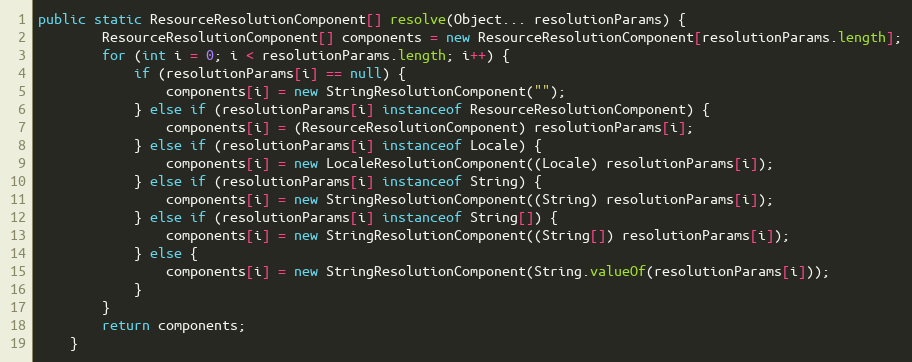
Language: Java
public static ResourceResolutionComponent[] resolve(Object... resolutionParams) {
        ResourceResolutionComponent[] components = new ResourceResolutionComponent[resolutionParams.length];
        for (int i = 0; i < resolutionParams.length; i++) {
            if (resolutionParams[i] == null) {
                components[i] = new StringResolutionComponent("");
            } else if (resolutionParams[i] instanceof ResourceResolutionComponent) {
                components[i] = (ResourceResolutionComponent) resolutionParams[i];
            } else if (resolutionParams[i] instanceof Locale) {
                components[i] = new LocaleResolutionComponent((Locale) resolutionParams[i]);
            } else if (resolutionParams[i] instanceof String) {
                components[i] = new StringResolutionComponent((String) resolutionParams[i]);
            } else if (resolutionParams[i] instanceof String[]) {
                components[i] = new StringResolutionComponent((String[]) resolutionParams[i]);
            } else {
                components[i] = new StringResolutionComponent(String.valueOf(resolutionParams[i]));
            }
        }
	    return components;
    }